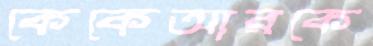
কেকেআরকে